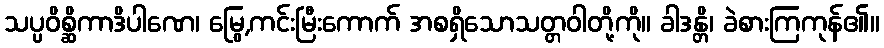
သပ္ပဝိစ္ဆိကာဒိပါဏေ၊ မြွေ,ကင်းမြီးကောက် အစရှိသောသတ္တဝါတို့ကို။ ခါဒန္တိ၊ ခဲစားကြကုန်၏။